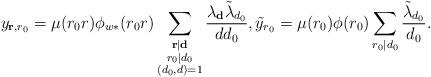
LaTeX: \begin{align*}y_{\mathbf{r},r_0}=\mu(r_0r)\phi_{w*}(r_0r)\sum_{\substack{\mathbf{r}|\mathbf{d}\\ r_0|d_0\\ (d_0,d)=1}}\frac{\lambda_{\mathbf{d}}\tilde{\lambda}_{d_0}}{dd_0},\tilde{y}_{r_0}=\mu(r_0)\phi(r_0)\sum_{r_0|d_0}\frac{\tilde{\lambda}_{d_0}}{d_0}.\end{align*}